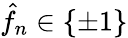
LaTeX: \hat{f}_{n}\in\left\{ \pm 1\right\}